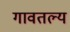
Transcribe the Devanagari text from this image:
गावतल्य